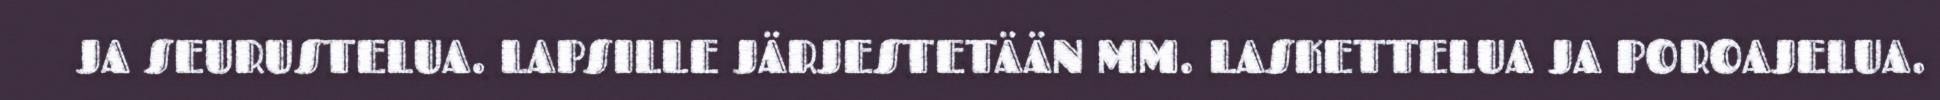
JA SEURUSTELUA. LAPSILLE JÄRJESTETÄÄN MM. LASKETTELUA JA POROAJELUA.